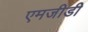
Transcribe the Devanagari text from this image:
एमजीडी